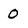
Character: O